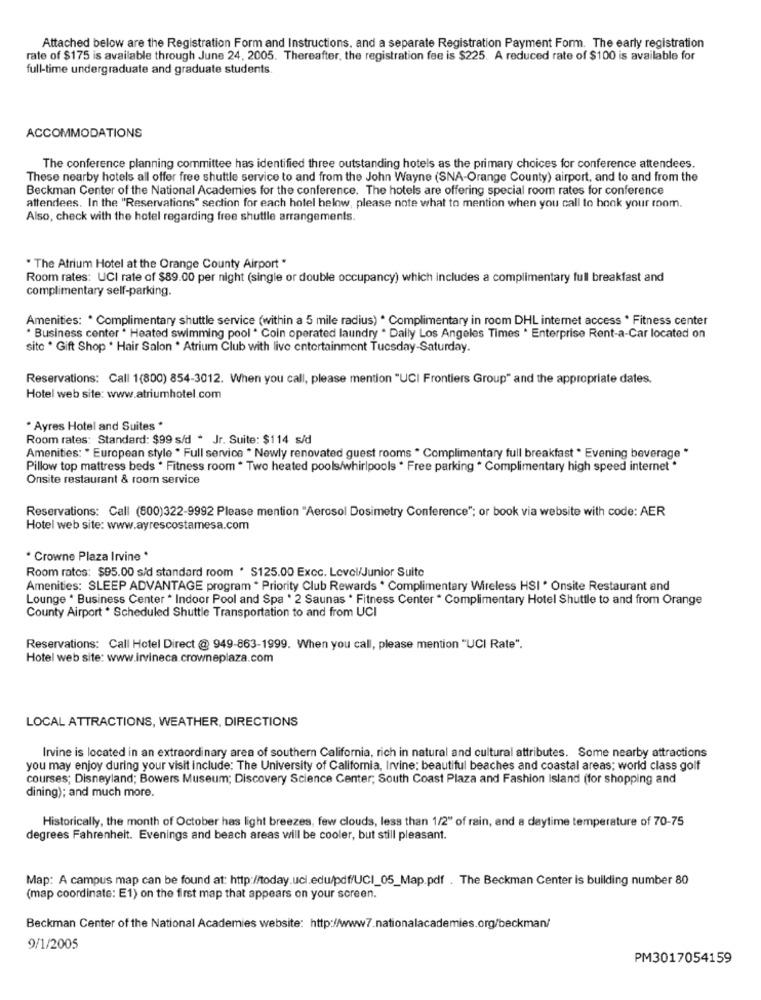
Attached below are the Registration Form and Instructions, and a separate Registration Payment Form. The early registration
rate of $175 is available through June 24, 2005. Thereafter, the registration fee is $225. A reduced rate of $100 is available for
full-time undergraduate and graduate students
ACCOMMODATIONS
The conference planning committee has identified three outstanding hotels as the primary choices for conference attendees.
These nearby hotels all offer free shuttle service to and from the John Wayne (SNA-Orange County) airport, and to and from the
Beckman Center of the National Academies for the conference. The hotels are offering special room rates for conference
attendees. In the "Reservations" section for each hotel below, please note what to mention when you call to book your room.
Also, check with the hotel regarding free shuttle arrangements.
. The Atrium Hotel at the Orange County Airport "
Room rates: UCI rate of $89.00 per night (single or double occupancy) which includes a complimentary full breakfast and
complimentary self-parking.
Amenities: * Complimentary shuttle service (within a 5 mile radius) * Complimentary in room DHL internet access * Fitness center
* Business center . Heated swimming pool * Coin operated laundry . Daily Los Angeles Times . Enterprise Rent-a-Car located on
site * Gift Shop . Hair Salon . Atrium Club with live entertainment Tuesday-Saturday.
Reservations: Call 1(800) 854-3012. When you call, please mention "UCI Frontiers Group" and the appropriate dates.
Hotel web site: www.atriumhotel.com
* Ayres Hotel and Suites *
Room rates: Standard: $99 s/d * Jr. Suite: $114 s/d
Amenities: " European style " Full service " Newly renovated guest rooms " Complimentary full breakfast " Evening beverage "
Pillow top mattress beds * Fitness room * Two heated pools/whirlpools . Free parking * Complimentary high speed internet *
Onsite restaurant & room service
Reservations: Call (800)322-9992 Please mention "Aerosol Dosimetry Conference"; or book via website with code: AER
Hotel web site: www.ayrescostamesa.com
* Crowne Plaza Irvine *
Room ratos: $95.00 s/d standard room * S125.00 Excc. Level/Junior Suite
Amenities: SLEEP ADVANTAGE program * Priority Club Rewards * Complimentary Wireless HSI . Onsite Restaurant and
Lounge * Business Center * Indoor Pool and Spa * 2 Saunas . Fitness Center " Complimentary Hotel Shuttle to and from Orange
County Airport . Scheduled Shuttle Transportation to and from UCI
Reservations: Call Hotel Direct @ 949-863-1999. When you call, please mention "UCI Rate".
Hotel web site: www.irvineca.crowneplaza.com
LOCAL ATTRACTIONS, WEATHER, DIRECTIONS
Irvine is located in an extraordinary area of southern California, rich in natural and cultural attributes. Some nearby attractions
you may enjoy during your visit include: The University of California, Irvine: beautiful beaches and coastal areas; world class golf
courses; Disneyland; Bowers Museum; Discovery Science Center; South Coast Plaza and Fashion Island (for shopping and
dining); and much more.
Historically, the month of October has light breezes, few clouds, less than 1/2"" of rain, and a daytime temperature of 70-75
degrees Fahrenheit. Evenings and beach areas will be cooler, but still pleasant.
Map: A campus map can be found at: http://today.ucl.edu/pdf/UCI_05_Map.pdf . The Beckman Center is building number 80
(map coordinate: E1) on the first map that appears on your screen.
Beckman Center of the National Academies website: http://www7.nationalacademies.org/beckman/
9/1/2005
PM3017054159